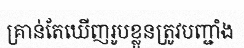
គ្រាន់តែឃើញរូបខ្លួនត្រូវបញ្ជាំង